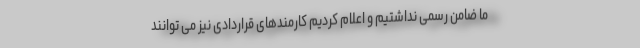
ما ضامن رسمی نداشتیم و اعلام کردیم کارمندهای قراردادی نیز می توانند